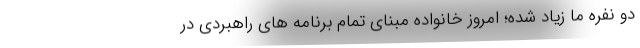
دو نفره ما زیاد شده؛ امروز خانواده مبنای تمام برنامه های راهبردی در